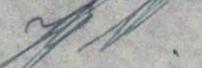
J W.